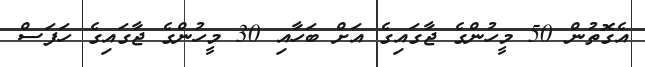
އެގޮތުން 50 މީހުންގެ ޖާގައިގެ އަށް ބަހާއި 30 މީހުންގެ ޖާގައިގެ ހަފަސް